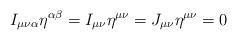
LaTeX: \begin{align*}I_{\mu\nu\alpha}\eta^{\alpha\beta} = I_{\mu\nu}\eta^{\mu\nu} =J_{\mu\nu}\eta^{\mu\nu} = 0\end{align*}